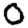
Digit: 0